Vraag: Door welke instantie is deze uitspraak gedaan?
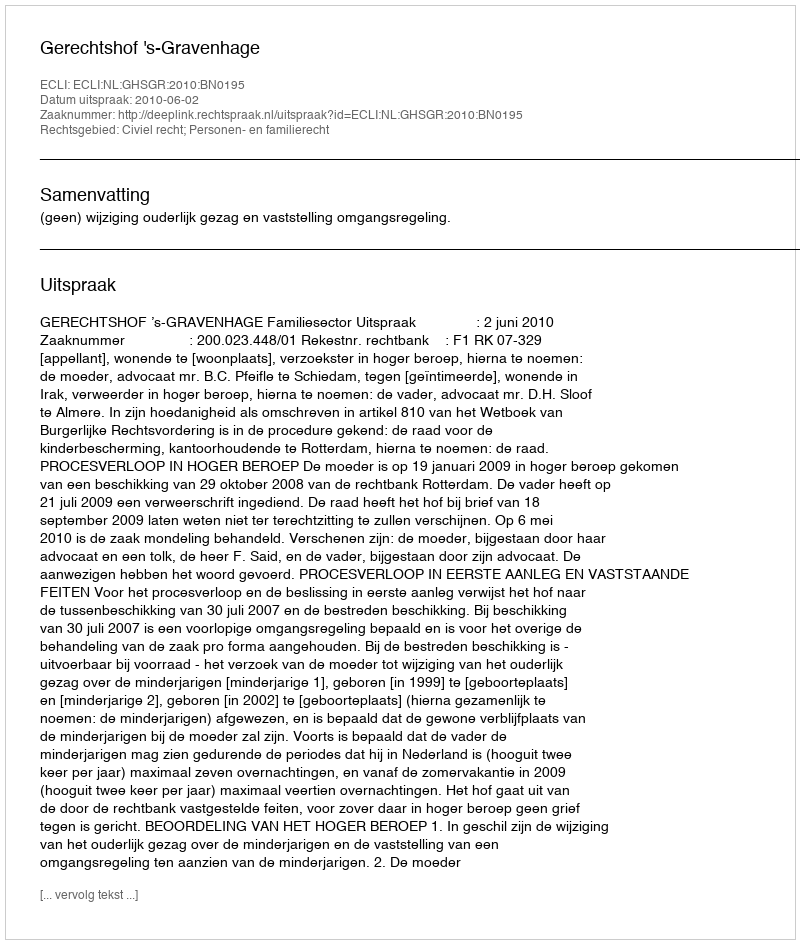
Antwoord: Gerechtshof 's-Gravenhage